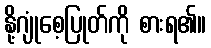
နို့ဂျုံစေ့ပြုတ်ကို စားရ၏။